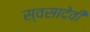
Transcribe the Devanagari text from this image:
स्वसादेवी